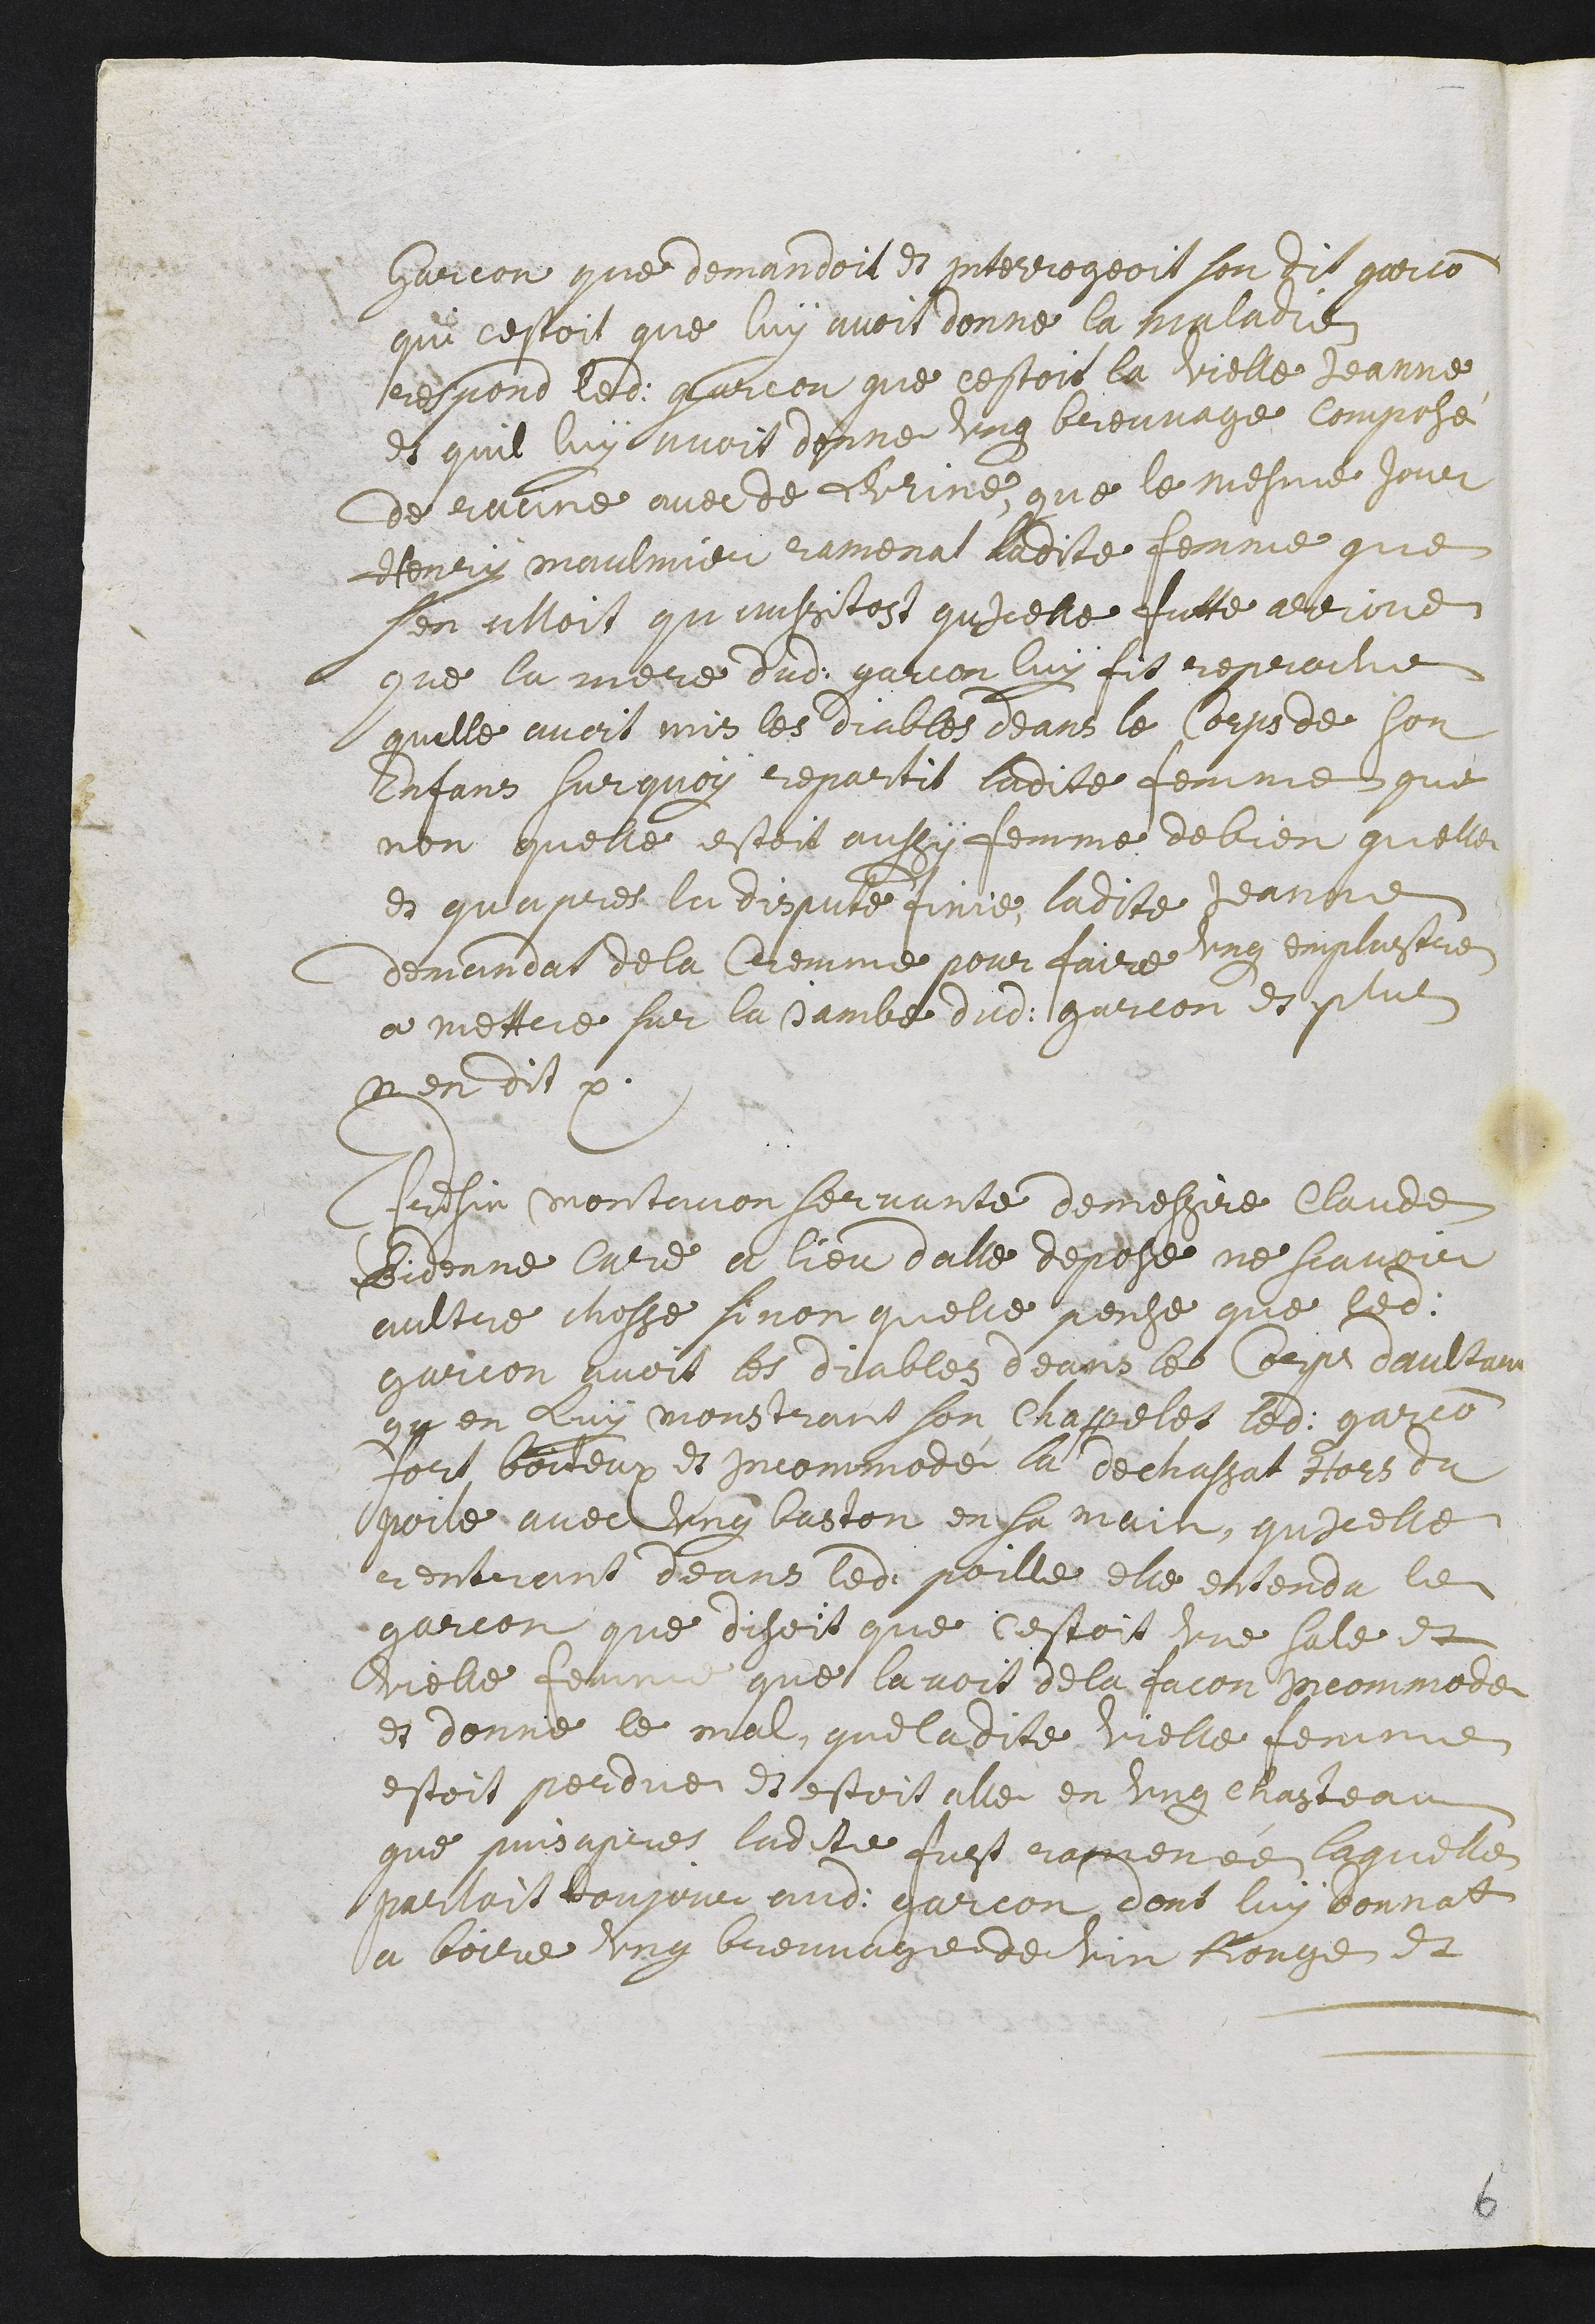
garcon que demandoit et interrogeoit son dit garcon
qui c’estoit que luy avoit donne la maladie
respond ledit gracon que c’estoit la vielle Jeanne
et qu’il luy avoit donné ung breuvage composé
de racine avec de l’urine. Que le mesme jour
Henry Maulmier ramenat ladite femme que
s’en alloit qu’aussitost qu’icelle futte arrivé
que la mere dudit garcon luy fit reproche
qu’elle avoit mis les diables deans le corps de son
enfans surquoy repartit ladite femme que
non, qu’elle estoit aussy femme de bien qu’elle.
Et qu’apres la dispute finie, ladite Jeanne
demandat de la cremme pour faire ung emplastre
a mettre sur la jambe dudit garcon. Et plus
n’en dit.
Efresin Montavon servante de messire Claude
Bidonne curé a lieu d’Alle depose ne scavoir
aultre chosse si non qu’elle pense que ledit
garcon avoit les diables deans le corps. D’aultant
qu’en luy monstrant son chappelet ledit garcon
fort boiteux et incommodé la dechassat hors du
poile avec ung baston en sa main. Qu’icelle
rentrant deans ledit poille elle entendu le
garcon que disoit que c’estoit une sale et
vielle femme que l’avoit de la facon incommode
et donné le mal. Que ladite vielle femme
estoit perdue et estoit allé en ung chasteau.
Que puis apres ladite fust ramenée laquelle
parloit toujour audit garcon dont luy donnat
a boire ung breuvage de vin rouge et